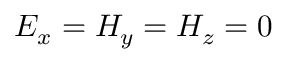
E _ { x } = H _ { y } = H _ { z } = 0